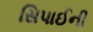
સિપાઈની